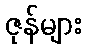
ဇုန်များ